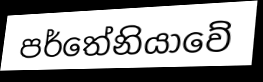
පර්තේනියාවේ